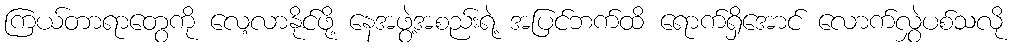
ကြယ်တာရာတွေကို လေ့လာနိုင်ဖို့ နေအဖွဲ့အစည်းရဲ့ အပြင်ဘက်ထိ ရောက်ရှိအောင် လောက်လွှဲပစ်သလို